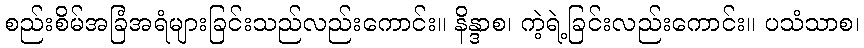
စည်းစိမ်အခြံအရံများခြင်းသည်လည်းကောင်း။ နိန္ဒာစ၊ ကဲ့ရဲ့ခြင်းလည်းကောင်း။ ပသံသာစ၊